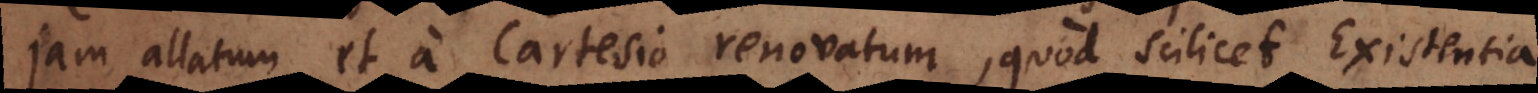
jam allatum et a Cartesio renovatum, quod scilicet Existentia